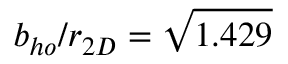
b _ { h o } / r _ { 2 D } = \sqrt { 1 . 4 2 9 }